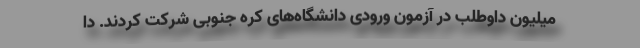
میلیون داوطلب در آزمون ورودی دانشگاه‌های کره جنوبی شرکت کردند. دا